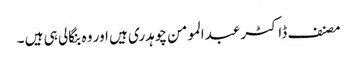
مصنف ڈاکٹر عبدالمومن چوہدری ہیں اور وہ بنگالی ہی ہیں ۔